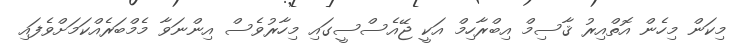
މިކަން މިހެން އޮތްއިރު ޤާސިމް އިބްރާހިމް އަކީ ޖޭއެސްސީގައި މިހާރުވެސް އިންނަވާ މެމްބަރެއްކަމަށްވެފައި